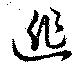
逃